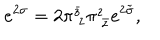
LaTeX: e ^ { 2 \sigma } = 2 \pi _ { ~ z } ^ { \bar { z } } \pi _ { ~ \bar { z } } ^ { z } e ^ { 2 \tilde { \sigma } } ,